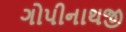
ગોપીનાથજી